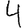
Digit: 4